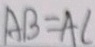
A B = A C